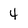
Character: 4